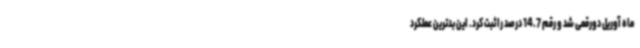
ماه آوریل دورقمی شد و رقم 14.7 درصد را ثبت کرد. این بدترین عملکرد